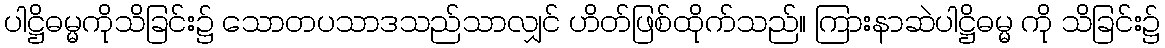
ပါဋ္ဌိဓမ္မကိုသိခြင်း၌ သောတပသာဒသည်သာလျှင် ဟိတ်ဖြစ်ထိုက်သည်။ ကြားနာဆဲပါဋ္ဌိဓမ္မ ကို သိခြင်း၌